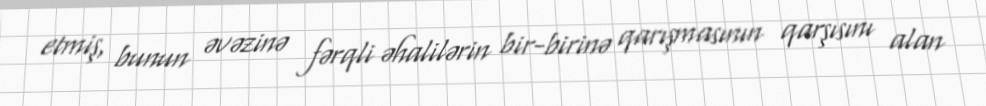
etmiş, bunun əvəzinə fərqli əhalilərin bir-birinə qarışmasının qarşısını alan